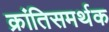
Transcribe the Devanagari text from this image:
क्रांतिसमर्थक